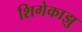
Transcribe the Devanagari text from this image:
शिगेकाझु